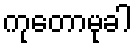
ကုတောမုခါ